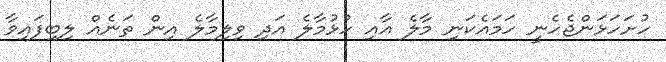
ހުށަހަޅަންޖެހެނީ ހަމައެކަނި މާލެ އާއި ހުޅުމާލެ އަދި ވިލިމާލެ އިން ތަނެއް ލިބިފައިވާ